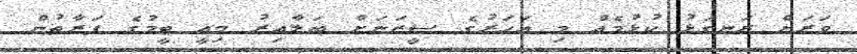
ވަރަށް ރަނގަޅު ކުޅުމެއް މި އަހަރުގެ ސީޒަނަށް ބަލާއިރު މިއީ ޓީމުގެ ފަރާތުން